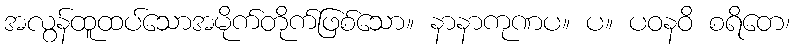
အလွန်ထူထပ်သောအမိုက်တိုက်ဖြစ်သော။ နာနာကုဏပ။ ပ။ ပဝနဝိ စရိတေ၊